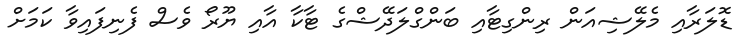
ޑޮލަރާއި މެލޭޝިއަން ރިންގިޓާއި ބަންގްލަދޭޝްގެ ޓާކާ އާއި ޔޫރޯ ވެސް ފެނިފައިވާ ކަމަށް